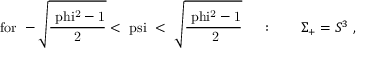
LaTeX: \mathrm { f o r ~ - \sqrt { \frac { \ p h i ^ { 2 } - 1 } { 2 } } < \ p s i ~ < ~ \sqrt { \frac { \ p h i ^ { 2 } - 1 } { ~ 2 } } ~ } \quad : \qquad \Sigma _ { + } = S ^ { 3 } \; ,